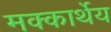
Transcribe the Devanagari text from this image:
मक्कार्थेय